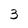
Character: 3